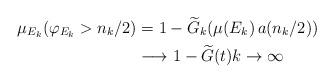
LaTeX: \begin{align*}\mu_{E_{k}}(\varphi_{E_{k}}>n_{k}/2) & =1-\widetilde{G}_{k}(\mu(E_{k})\,a(n_{k}/2))\\& \longrightarrow1-\widetilde{G}(t)k\rightarrow\infty\end{align*}